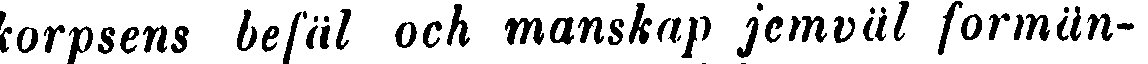
korpsens befäl och manskap jemväl formän-